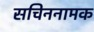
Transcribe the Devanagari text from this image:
सचिननामक